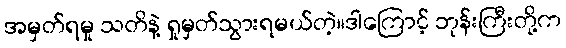
အမှတ်ရမှု သတိနဲ့ ရှုမှတ်သွားရမယ်တဲ့။ဒါကြောင့် ဘုန်းကြီးတို့က